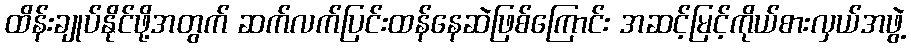
ထိန်းချုပ်နိုင်ဖို့အတွက် ဆက်လက်ပြင်းထန်နေဆဲဖြစ်ကြောင်း အဆင့်မြင့်ကိုယ်စားလှယ်အဖွဲ့